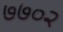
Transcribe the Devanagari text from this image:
७७०२